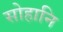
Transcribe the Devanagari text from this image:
सोहानि